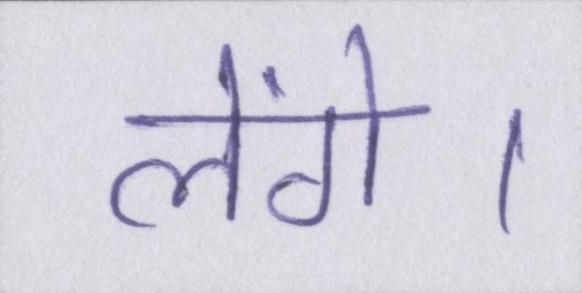
लेंगे।